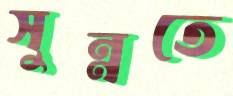
সুন্নতে